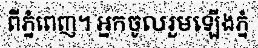
ពីភ្នំពេញ។ អ្នកចូលរួមឡើងភ្នំ